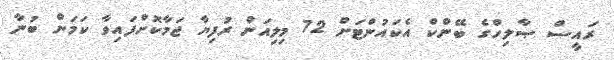
ރައީސް ޞާލިހްގެ ބޭންކް އެކައުންޓަށް 72 މިލިއަން ރުފިޔާ ޖަމާކޮށްފައިވާ ކަމަށް ބުނާ